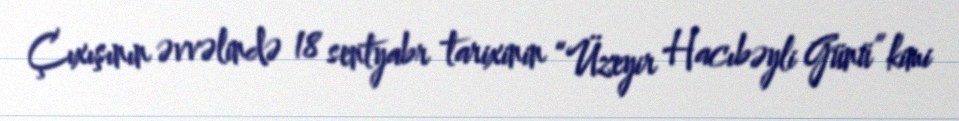
Çıxışının əvvəlində 18 sentyabr tarixinin “Üzeyir Hacıbəyli Günü” kimi